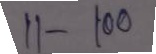
11 - 100